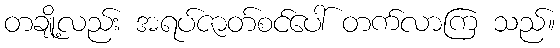
တချို့လည်း အရပ်ဇာတ်စင်ပေါ် တက်လာကြ သည်။